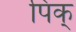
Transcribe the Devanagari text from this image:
पिक्